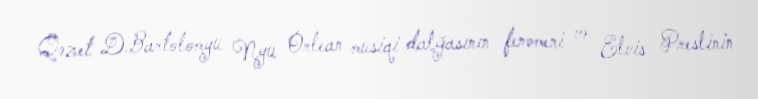
Qəzet D.Bartolomyu Nyu Orlean musiqi dalğasının fenomeni və Elvis Preslinin